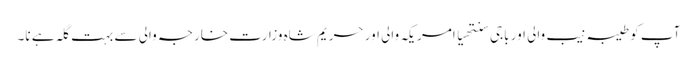
آپ کو طیبہ نیب والی اور باجی سنتھیا امریکہ والی اور حریم شاہ وزارت خارجہ والی سے بہت گلہ ہے نا۔